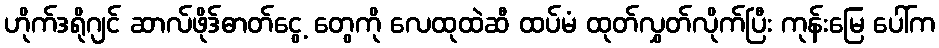
ဟိုက်ဒရိုဂျင် ဆာလ်ဖိုဒ်ဓာတ်ငွေ့ တွေကို လေထုထဲဆီ ထပ်မံ ထုတ်လွှတ်လိုက်ပြီး ကုန်းမြေ ပေါ်က